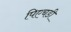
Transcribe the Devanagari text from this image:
पिएचडी